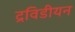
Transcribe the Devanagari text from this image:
द्रविडीयन